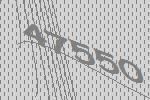
47550